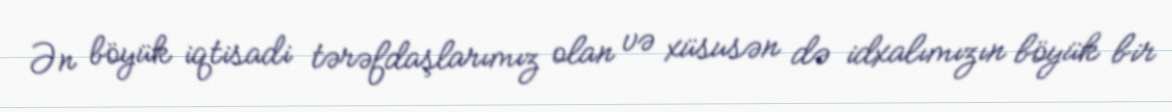
Ən böyük iqtisadi tərəfdaşlarımız olan və xüsusən də idxalımızın böyük bir